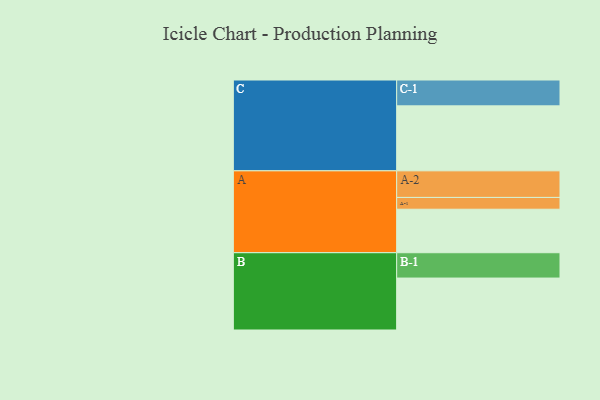
{"axis": {"x": "Segment", "y": "Value"}, "legend": ["", "A", "B", "C"], "data": [{"x": "A", "y": 340, "type": ""}, {"x": "B", "y": 406, "type": ""}, {"x": "C", "y": 508, "type": ""}, {"x": "A-1", "y": 92, "type": "A"}, {"x": "A-2", "y": 208, "type": "A"}, {"x": "B-1", "y": 198, "type": "B"}, {"x": "C-1", "y": 202, "type": "C"}]}